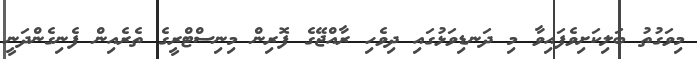
މިވަގުތު ބަލިކަށިވެފައިވާ މި ދަނޑިވަޅުގައި ދިވެހި ރާއްޖޭގެ ފޮރިން މިނިސްޓްރީގެ ތެރެއިން ފެނިގެންދަނީ